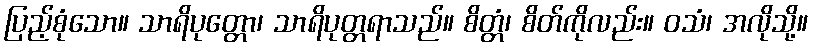
ပြည့်စုံသော။ သာရိပုတ္တော၊ သာရိပုတ္တရာသည်။ စိတ္တံ၊ စိတ်ကိုလည်း။ ဝသံ၊ အလိုသို့။